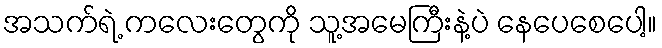
အသက်ရဲ့ ကလေးတွေကို သူ့အမေကြီးနဲ့ပဲ နေပေစေပေါ့။